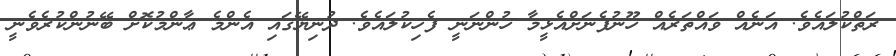
ރަތްކުލައެވެ. އަނެއް ވައްތަރެއް ހޫނުފެނަށްއެޅީމާ ހުންނަނީ ފެހިކުލައެވެ. ދުނިޔޭގައި އެންމެ ޢާންމުކޮށް ބޭނުންކުރެވެނީ